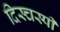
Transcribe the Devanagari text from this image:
दिस्चस्पी